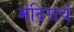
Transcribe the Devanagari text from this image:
मंदिराचं